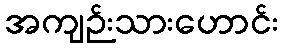
အကျဉ်းသားဟောင်း